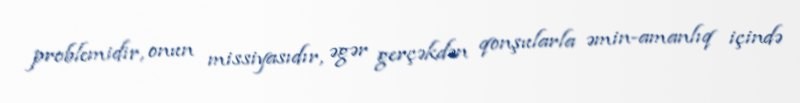
problemidir, onun missiyasıdır, əgər gerçəkdən qonşularla əmin-amanlıq içində